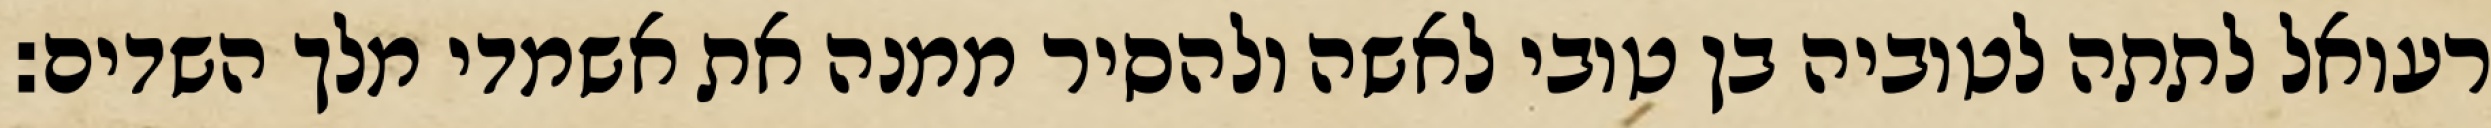
רעואל לתתה לטוביה בן טובי לאשה ולהסיר ממנה את אשמדי מלך השדים: